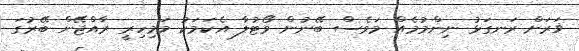
ޥަރަށް ރަނގަޅު ނިންމުމެއް މަވެސް ބޭނުން ވޯޓުލާ އެކަމަކު މަމިހިރީ ރާއްޖޭން ބޭރުގަ